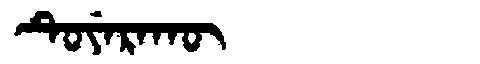
Manchu: ᡨᡠᠶᡝᡵᠠᡴᡡ
Romanization: TUYERAKŪ